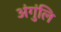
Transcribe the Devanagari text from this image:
अंगुंलि